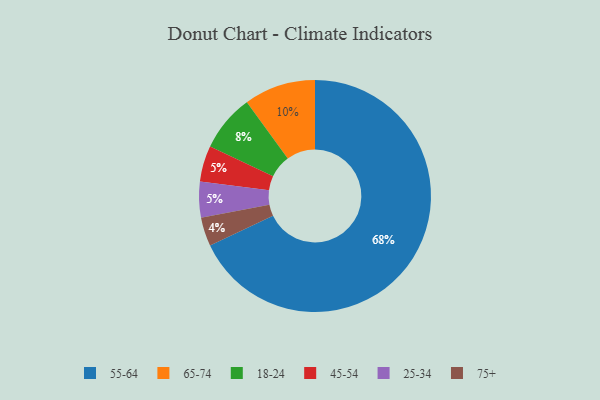
{"axis": {"x": "Category", "y": "Percentage"}, "legend": ["18-24", "25-34", "45-54", "55-64", "65-74", "75+"], "data": [{"x": "55-64", "y": 68, "type": "55-64"}, {"x": "45-54", "y": 5, "type": "45-54"}, {"x": "75+", "y": 4, "type": "75+"}, {"x": "18-24", "y": 8, "type": "18-24"}, {"x": "65-74", "y": 10, "type": "65-74"}, {"x": "25-34", "y": 5, "type": "25-34"}]}